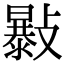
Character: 𣀛